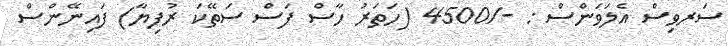
ސަރވިސް އެލަވަންސް : -/4500 (ހަތަރު ހާސް ފަސް ސަތޭކަ ރުފިޔާ) ފައިނޭންސް